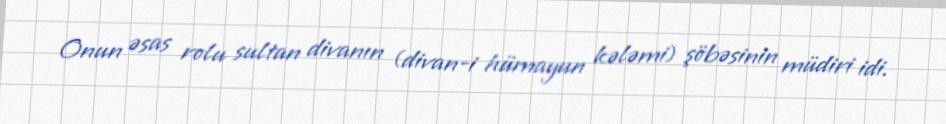
Onun əsas rolu sultan divanın (divan-i hümayun kələmi) şöbəsinin müdiri idi.